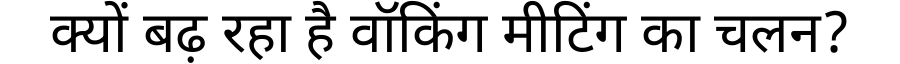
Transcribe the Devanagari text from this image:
क्यों बढ़ रहा है वॉकिंग मीटिंग का चलन?